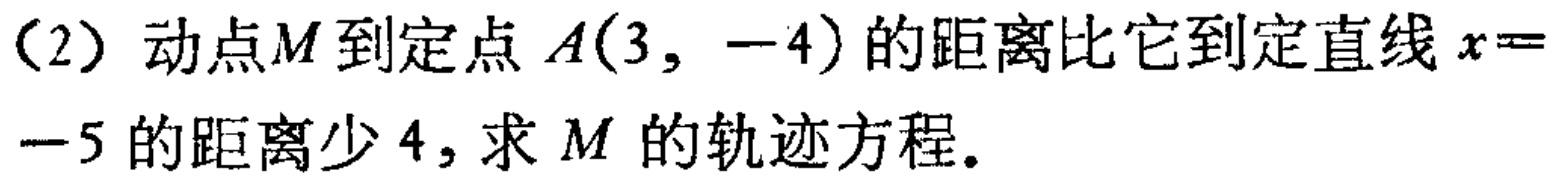
（2）动点\(M\)到定点\(A(3, -4)\)的距离比它到定直线\(x = -5\)的距离少\(4\)，求\(M\)的轨迹方程。